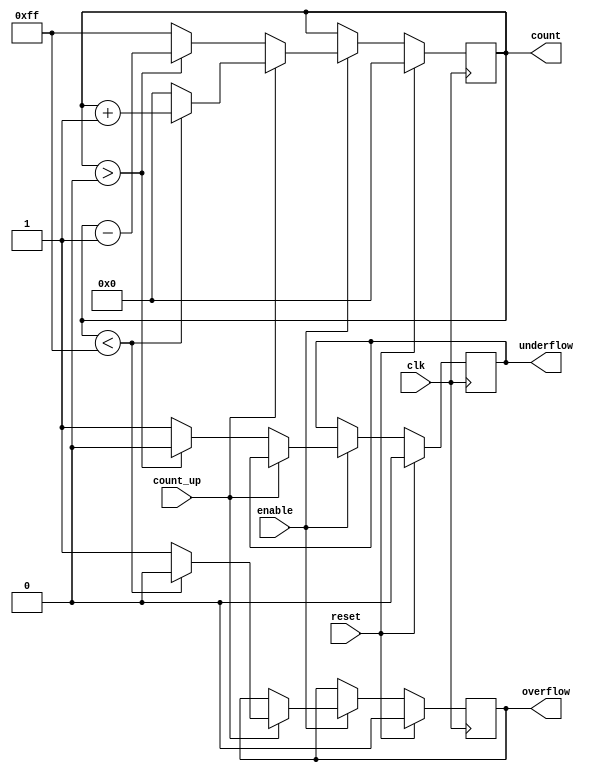
module MemoryBlocksBinaryCounter #(
    parameter BIT_WIDTH = 8  // Configurable bit width (e.g., 4, 8, etc.)
) (
    input wire clk,            // Clock input
    input wire reset,          // Synchronous reset
    input wire enable,         // Enable signal
    input wire count_up,       // Count up signal
    output reg [BIT_WIDTH-1:0] count,  // Current count value
    output reg overflow,       // Overflow flag
    output reg underflow       // Underflow flag
);

    // Internal signals
    reg [BIT_WIDTH-1:0] max_count = (1 << BIT_WIDTH) - 1; // Maximum count value
    reg [BIT_WIDTH-1:0] min_count = 0;                     // Minimum count value

    // Synchronous counting logic
    always @(posedge clk) begin
        if (reset) begin
            count <= 0;  // Reset the counter to 0
            overflow <= 0; // Clear overflow flag
            underflow <= 0; // Clear underflow flag
        end else if (enable) begin
            if (count_up) begin
                if (count < max_count) begin
                    count <= count + 1; // Increment the counter
                    overflow <= 0; // Clear overflow flag
                end else begin
                    count <= 0; // Wrap around to 0
                    overflow <= 1; // Set overflow flag
                end
            end else begin
                if (count > min_count) begin
                    count <= count - 1; // Decrement the counter
                    underflow <= 0; // Clear underflow flag
                end else begin
                    count <= max_count; // Wrap around to max value
                    underflow <= 1; // Set underflow flag
                end
            end
        end
    end

endmodule